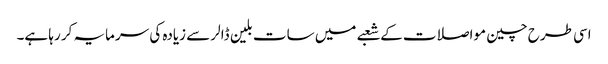
اسی طرح چین مواصلات کے شعبے میں سات بلین ڈالر سے زیادہ کی سرمایہ کر رہا ہے۔